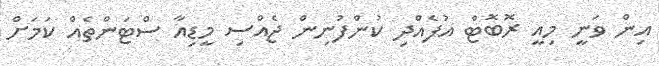
އިން ވަނީ މިއީ ރޮބޮޓް އުފެއްދި ކުންފުނިން ޖެއްސި މީޑިއާ ސްޓަންތެއް ކަމަށް